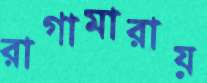
রাগামারায়